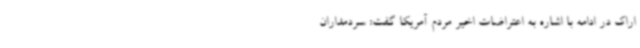
اراک در ادامه با اشاره به اعتراضات اخیر مردم آمریکا گفت: سردمداران